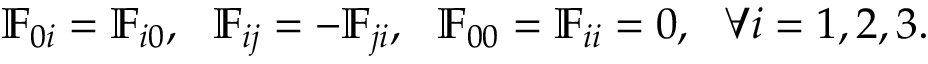
{ \mathbb F } _ { 0 i } = { \mathbb F } _ { i 0 } , ~ ~ { \mathbb F } _ { i j } = - { \mathbb F } _ { j i } , ~ ~ { \mathbb F } _ { 0 0 } = { \mathbb F } _ { i i } = 0 , ~ ~ \forall i = 1 , 2 , 3 .